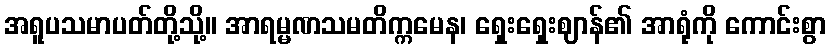
အရူပသမာပတ်တို့သို့။ အာရမ္မဏသမတိက္ကမေန၊ ရှေးရှေးဈာန်၏ အာရုံကို ကောင်းစွာ